Indian journal of veterinary science and animal husbandry - Volume 8,
Year: 1938
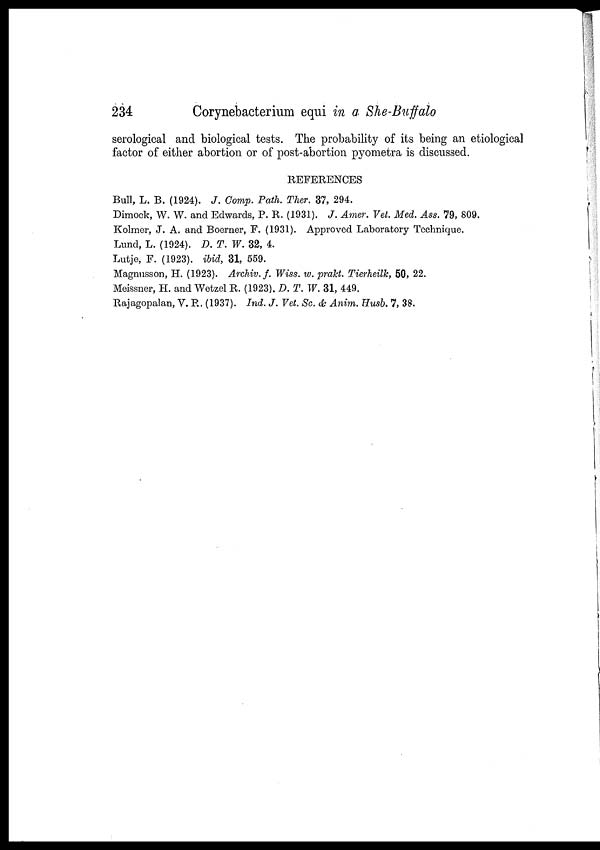
234
Corynebacterium equi in a She-Buffalo
serological and biological tests. The probability of its being an etiological
factor of either abortion or of post-abortion pyometra is discussed.
REFERENCES
Bull, L. B. (1924). J. Comp. Path. Ther. 37, 294.
Dimock, W. W. and Edwards, P. R. (1931). J. Amer. Vet. Med. Ass. 79, 809.
Kolmer, J. A. and Boerner, F. (1931). Approved Laboratory Technique.
Lund, L. (1924). D. T. W. 32, 4.
Lutje, F. (1923). ibid, 31, 559.
Magnusson, H. (1923). Archiv.f. Wiss. w. prakt. Tierheilk, 50, 22.
Meissner, H. and Wetzel R. (1923). D. T. W. 31, 449.
Rajagopalan, V. R. (1937). Ind. J. Vet. Sc. & Anim. Husb. 7, 38.